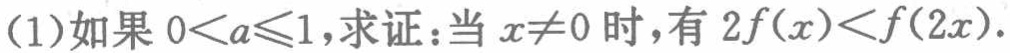
(1)如果 \(0 < a\leqslant1\)，求证：当 \(x\neq0\) 时，有 \(2f(x)<f(2x)\)。